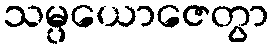
သမ္ပယောဇေတွာ